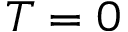
T = 0